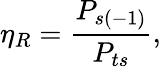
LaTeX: \eta_{R}=\frac{P_{s(-1)}}{P_{ts}},